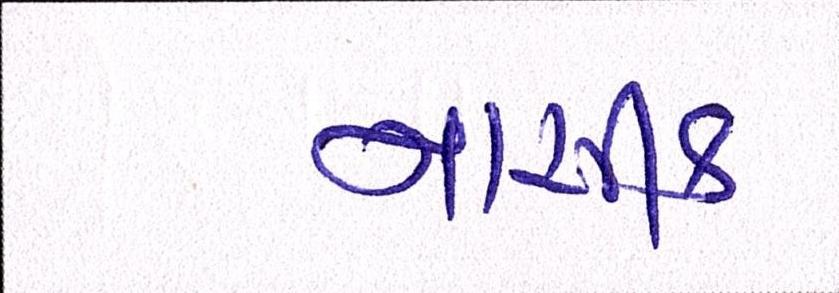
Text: નાસીક